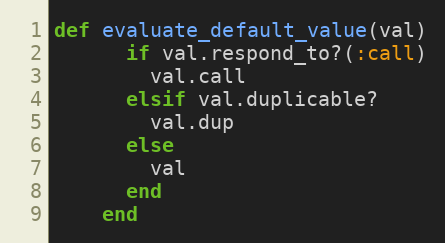
Language: Ruby
def evaluate_default_value(val)
      if val.respond_to?(:call)
        val.call
      elsif val.duplicable?
        val.dup
      else
        val
      end
    end